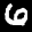
Label: 6